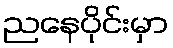
ညနေပိုင်းမှာ